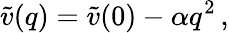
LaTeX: \widetilde{v}(q)=\widetilde{v}(0)-\alpha q^{2}\, ,